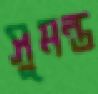
সুমন্ত